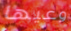
وعيها